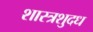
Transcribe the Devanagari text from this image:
शास्त्रशुदध